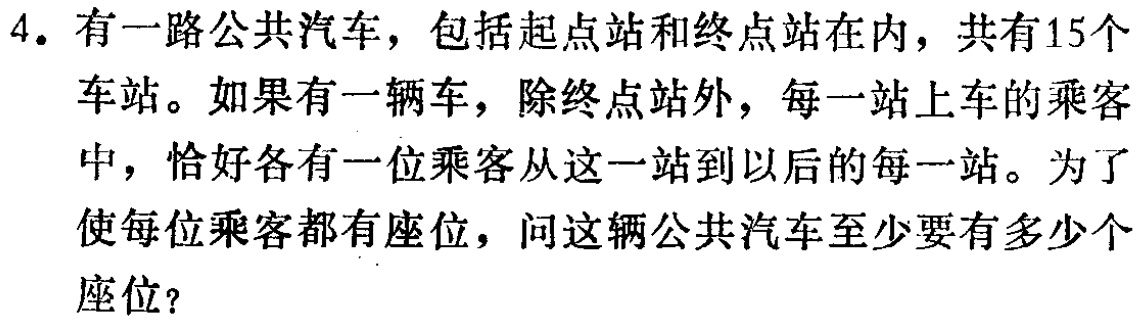
4. 有一路公共汽车，包括起点站和终点站在内，共有15个车站。如果有一辆车，除终点站外，每一站上车的乘客中，恰好各有一位乘客从这一站到以后的每一站。为了使每位乘客都有座位，问这辆公共汽车至少要有多少个座位？